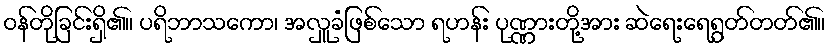
ဝန်တိုခြင်းရှိ၏။ ပရိဘာသကော၊ အလှူခံဖြစ်သော ရဟန်း ပုဏ္ဏားတို့အား ဆဲရေးရေရွတ်တတ်၏။